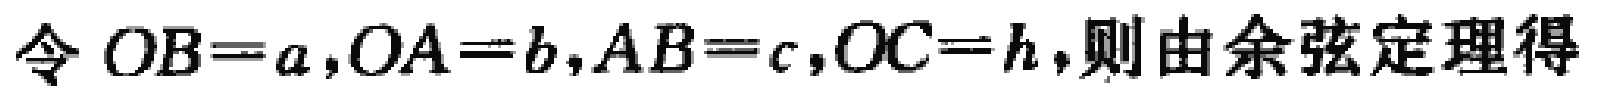
令 \(OB = a,OA = b,AB = c,OC = h\),则由余弦定理得